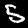
Label: 5